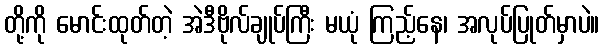
တို့ကို မောင်းထုတ်တဲ့ အဲဒီဗိုလ်ချုပ်ကြီး မယုံ ကြည့်နေ၊ အလုပ်ပြုတ်မှာပဲ။